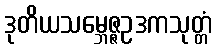
ဒုတိယသမ္ဘေဇ္ဇဥဒကသုတ္တံ